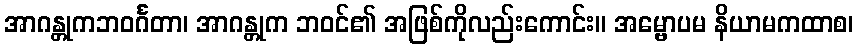
အာဂန္တုကဘဝင်္ဂတာ၊ အာဂန္တုက ဘဝင်၏ အဖြစ်ကိုလည်းကောင်း။ အမ္ဗောပမ နိယာမကထာစ၊